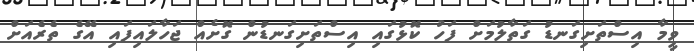
ވީމާ އިސްތަށިގަނޑު ގަތާލުމަށް ފަހު ކޮޅުގައި އިސްތަށިގަނޑުން ގޮށެއް ޖަހާލައިފައި އޭގެ ތެރެއަށް